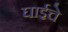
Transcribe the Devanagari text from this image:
घाईचे